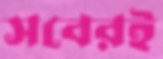
সবেরই